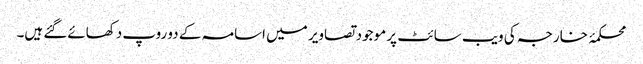
محکمۂ خارجہ کی ویب سائٹ پر موجود تصاویر میں اسامہ کے دو روپ دکھائےگئے ہیں۔